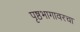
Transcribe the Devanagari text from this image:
पृष्ठभागावरचा